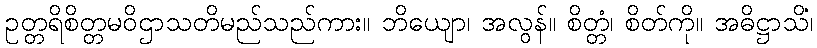
ဥတ္တရိစိတ္တမဝိဌာသတိမည်သည်ကား။ ဘိယျော၊ အလွန်။ စိတ္တံ၊ စိတ်ကို။ အဓိဋ္ဌာသိံ၊